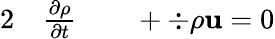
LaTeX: \begin{array}{rlrl}{{2}}&{{}\frac{\partial\rho}{\partial t}}&{}&{{}+\div{\rho\mathbf{u}}=0}\end{array}